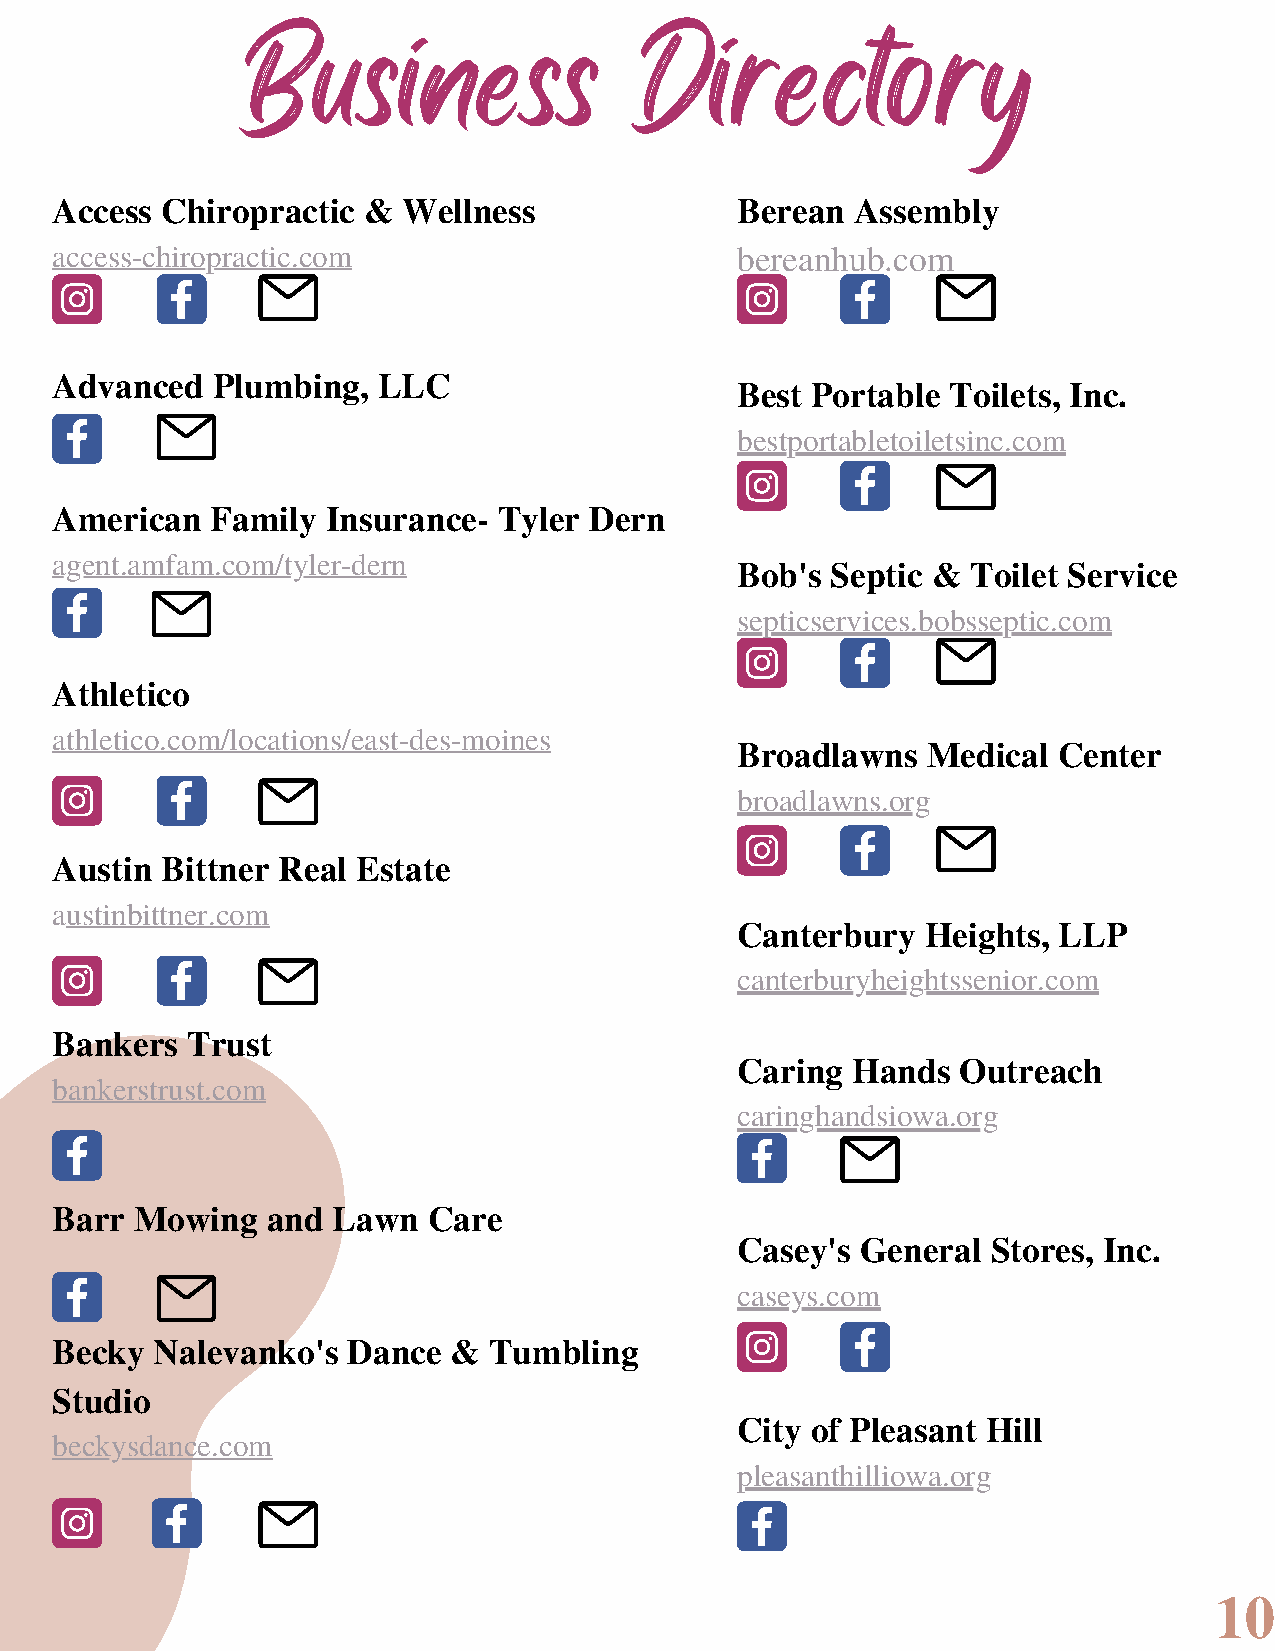
Business                  Directory
 Access  Chiropractic &  Wellness              Berean  Assembly
 access-chiropractic.com                       bereanhub.com
 Advanced   Plumbing,  LLC
 Best Portable Toilets, Inc.
 bestportabletoiletsinc.com
 American   Family  Insurance- Tyler Dern
 agent.amfam.com/tyler-dern
 Bob's Septic & Toilet Service
 septicservices.bobsseptic.com
 Athletico
 athletico.com/locations/east-des-moines
 Broadlawns  Medical  Center
 broadlawns.org
 Austin  Bittner Real Estate
 austinbittner.com
 Canterbury  Heights, LLP
 canterburyheightssenior.com
 Bankers  Trust
 Caring Hands   Outreach
 bankerstrust.com
 caringhandsiowa.org
 Barr  Mowing   and Lawn  Care
 Casey's General  Stores, Inc.
 caseys.com
 Becky  Nalevanko's  Dance  & Tumbling
 Studio
 City of Pleasant Hill
 beckysdance.com
 pleasanthilliowa.org
 10